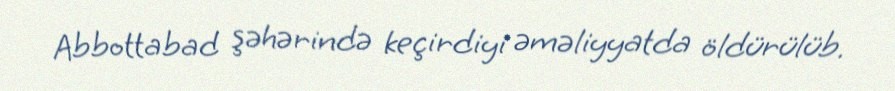
Abbottabad şəhərində keçirdiyi əməliyyatda öldürülüb.